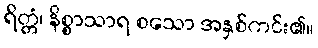
ရိတ္တံ၊ နိစ္စာသာရ စသော အနှစ်ကင်း၏။